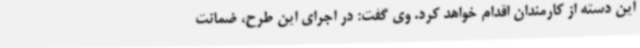
این دسته از کارمندان اقدام خواهد کرد. وی گفت: در اجرای این طرح، ضمانت